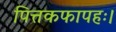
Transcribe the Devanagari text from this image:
पित्तकफापहः।